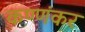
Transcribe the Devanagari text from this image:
कण्णंकर